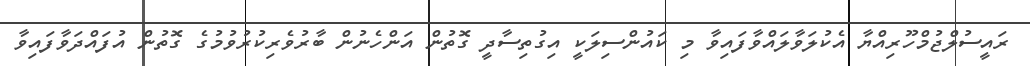
ރައީސުލްޖުމްހޫރިއްޔާ އެކުލަވާލައްވާފައިވާ މި ކައުންސިލަކީ އިގުތިސާދީ ގޮތުން އަންހެނުން ބާރުވެރިކުރުވުމުގެ ގޮތުން އުފައްދަވާފައިވާ